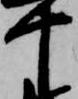
十